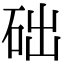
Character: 础